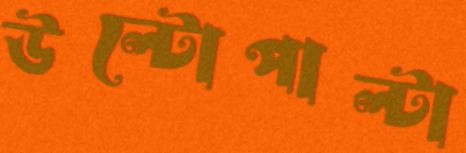
উল্টোপাল্টা